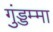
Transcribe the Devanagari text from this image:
गुंड्डम्मा